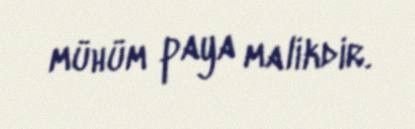
mühüm paya malikdir.